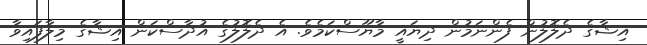
އިޝާގެ ދެލޮލުން ފެންނަމުން ދިޔައީ މާޔޫސްކަމެވެ. އެ ދެލޮލުގެ އުދާސްކަން އިޝާގެ މިލާފައިވާ